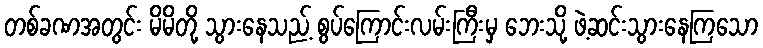
တစ်ခဏအတွင်း မိမိတို့ သွားနေသည့် စွပ်ကြောင်းလမ်းကြီးမှ ဘေးသို့ ဖဲ့ဆင်းသွားနေကြသော